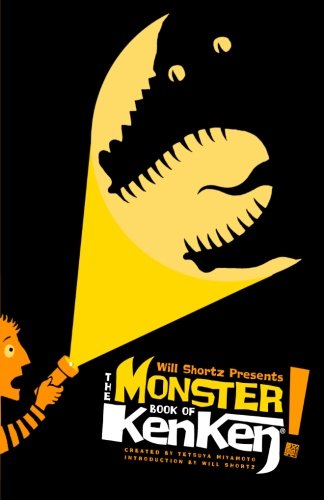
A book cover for Will Shortz Presents The Monster Book of KenKen: 300 Easy to Hard Logic Puzzles That Make You Smarter; Tetsuya Miyamoto; Humor & Entertainment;